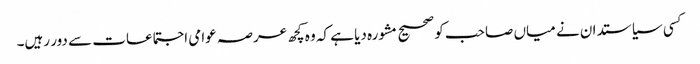
کسی سیاستدان نے میاں صاحب کو صحیح مشورہ دیا ہے کہ وہ کچھ عرصہ عوامی اجتماعات سے دور رہیں۔